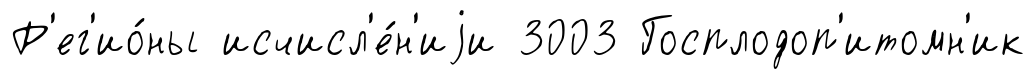
Р'ег'ио́ны исчисл'е́н'иjи 3003 Госплодоп'итомн'ик